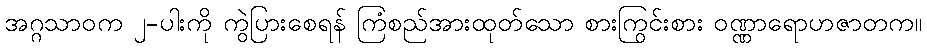
အဂ္ဂသာဝက ၂-ပါးကို ကွဲပြားစေရန် ကြံစည်အားထုတ်သော စားကြွင်းစား ဝဏ္ဏာရောဟဇာတက။